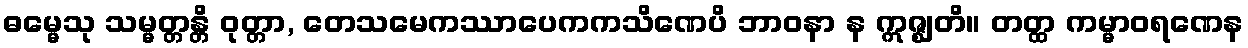
ဓမ္မေသု သမ္မတ္တန္တိ ဝုတ္တာ, တေသမေကဿာပေကကသိဏေပိ ဘာဝနာ န ဣဇ္ဈတိ။ တတ္ထ ကမ္မာဝရဏေန